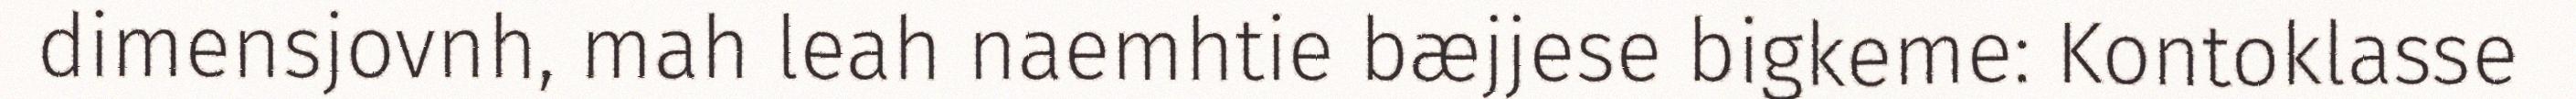
dimensjovnh, mah leah naemhtie bæjjese bigkeme: Kontoklasse